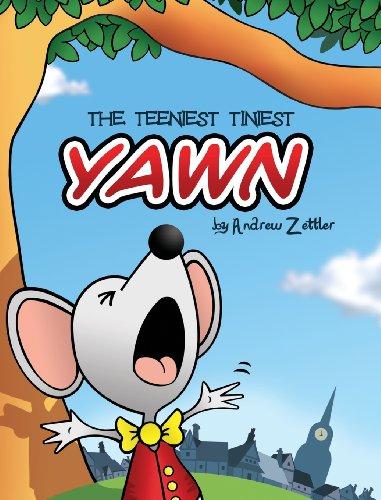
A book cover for The Teeniest Tiniest Yawn; Andrew Zettler; Children's Books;